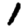
Digit: 1